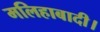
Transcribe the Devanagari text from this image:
मलिहाबादी।